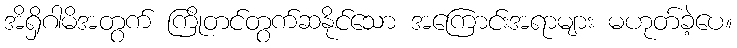
အိရှိဂါမိအတွက် ကြိုတင်တွက်ဆနိုင်သော အကြောင်းအရာများ မဟုတ်ခဲ့ပေ။